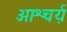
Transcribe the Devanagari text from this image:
आश्चर्य़